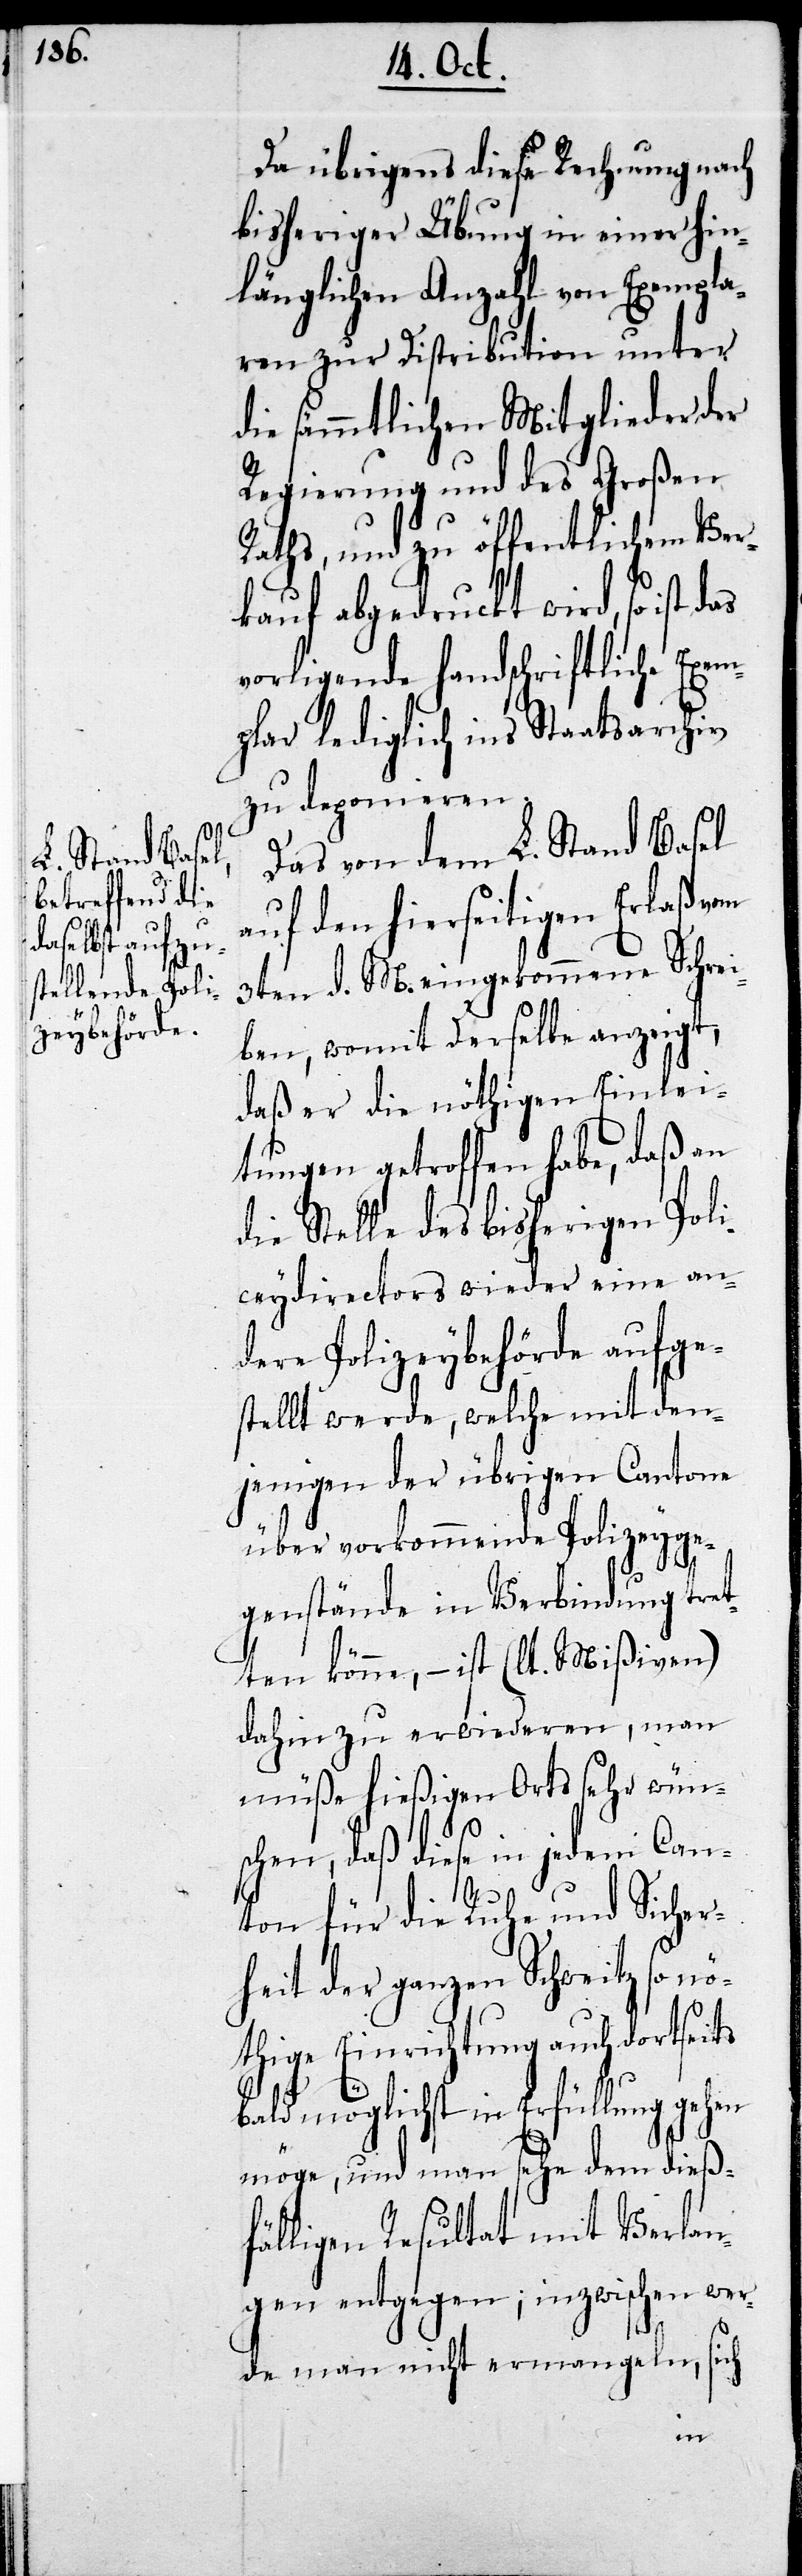
Da übrigens diese Rechnung nach
bisheriger Übung in einer hin¬
länglichen Anzahl von Exempla¬
ren zur Distribution unter
die sämmtlichen Mitglieder der
Regierung und des Großen
Raths, und zu öffentlichem Ver¬
kauf abgedruckt wird, so ist
vorligende handschriftliche Exem¬
plar lediglich ins Staatsarchiv
zu deponieren.
Das von dem L. Stand Basel
auf den hierseitigen Erlaß vom
3ten d. M. eingekommene Schrei¬
ben, womit derselbe anzeigt,
daß er die nöthigen Einlei¬
tungen getroffen habe, daß an
die Stelle des bisherigen Poli¬
ceydirectors wieder eine an¬
dere Polizeybehörde aufge¬
stellt werde, welche mit den¬
jenigen der übrigen Cantone
über vorkommende Polizeyge¬
genstände in Verbindung tret¬
ten könne, – ist (lt. Mißiven)
dahin zu erwiederen, man
müße hießigen Orts sehr wün¬
schen, daß diese in jedem Can¬
ton für die Ruhe und Sicher¬
heit der ganzen Schweitz so n¬
öthige Einrichtung auch dortseits
bald möglichst in Erfüllung gehen
möge, und man sehe dem dies¬
fälligen Resultat mit Verlan¬
gen entgegen; inzwischen wer¬
de man nicht ermangeln, sich